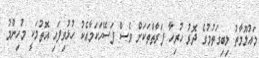
މައުލޫމާތު ލިބިގަތުމުގެ ދޮރު ހުރިހާ ފަރާތްތަކަށް ވެސް ފަސޭހަކަމާއެކު ހުޅުވިފައި އޮތުމަކީ މުހިންމު